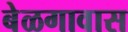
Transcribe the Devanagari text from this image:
बेळगावास